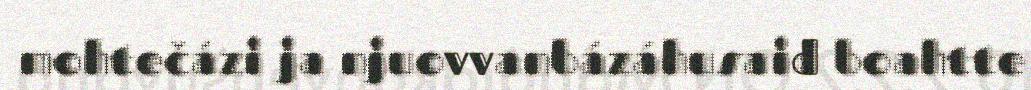
mohtečázi ja njuovvanbázáhusaid boahtte